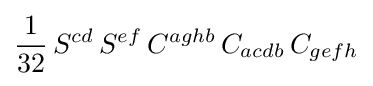
{\frac {1}{32}}\,S^{cd}\,S^{ef}\,C^{aghb}\,C_{acdb}\,C_{gefh}